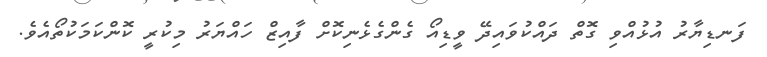
ފަނޑިޔާރު އުޅުއްވި ގޮތް ދައްކުވައިދޭ ވީޑިއޯ ގެންގެޅެނިކޮށް ފާއިޒް ހައްޔަރު މިކުރީ ކޮންކަމަކުތޯއެވެ.